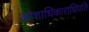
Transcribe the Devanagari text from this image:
कोशाधिकाराधिपति